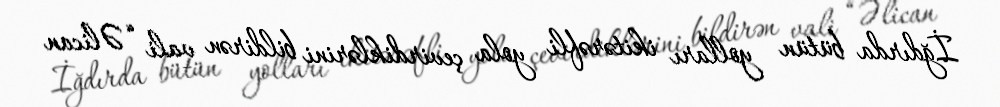
İğdırda bütün yolları ikitərəfli yola çevirdiklərini bildirən vali “Əlican